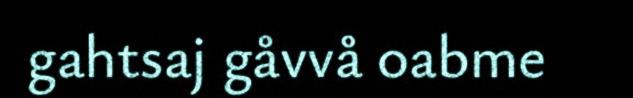
gahtsaj gåvvå oabme